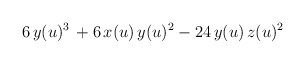
\begin{align*}6 \, y(u)^3 \, + 6 \, x(u) \, y(u)^2 - 24 \,y(u) \, z(u)^2\end{align*}